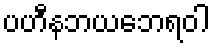
ပဟီနဘယဘေရဝါ